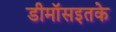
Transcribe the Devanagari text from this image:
डीमॉसइतके